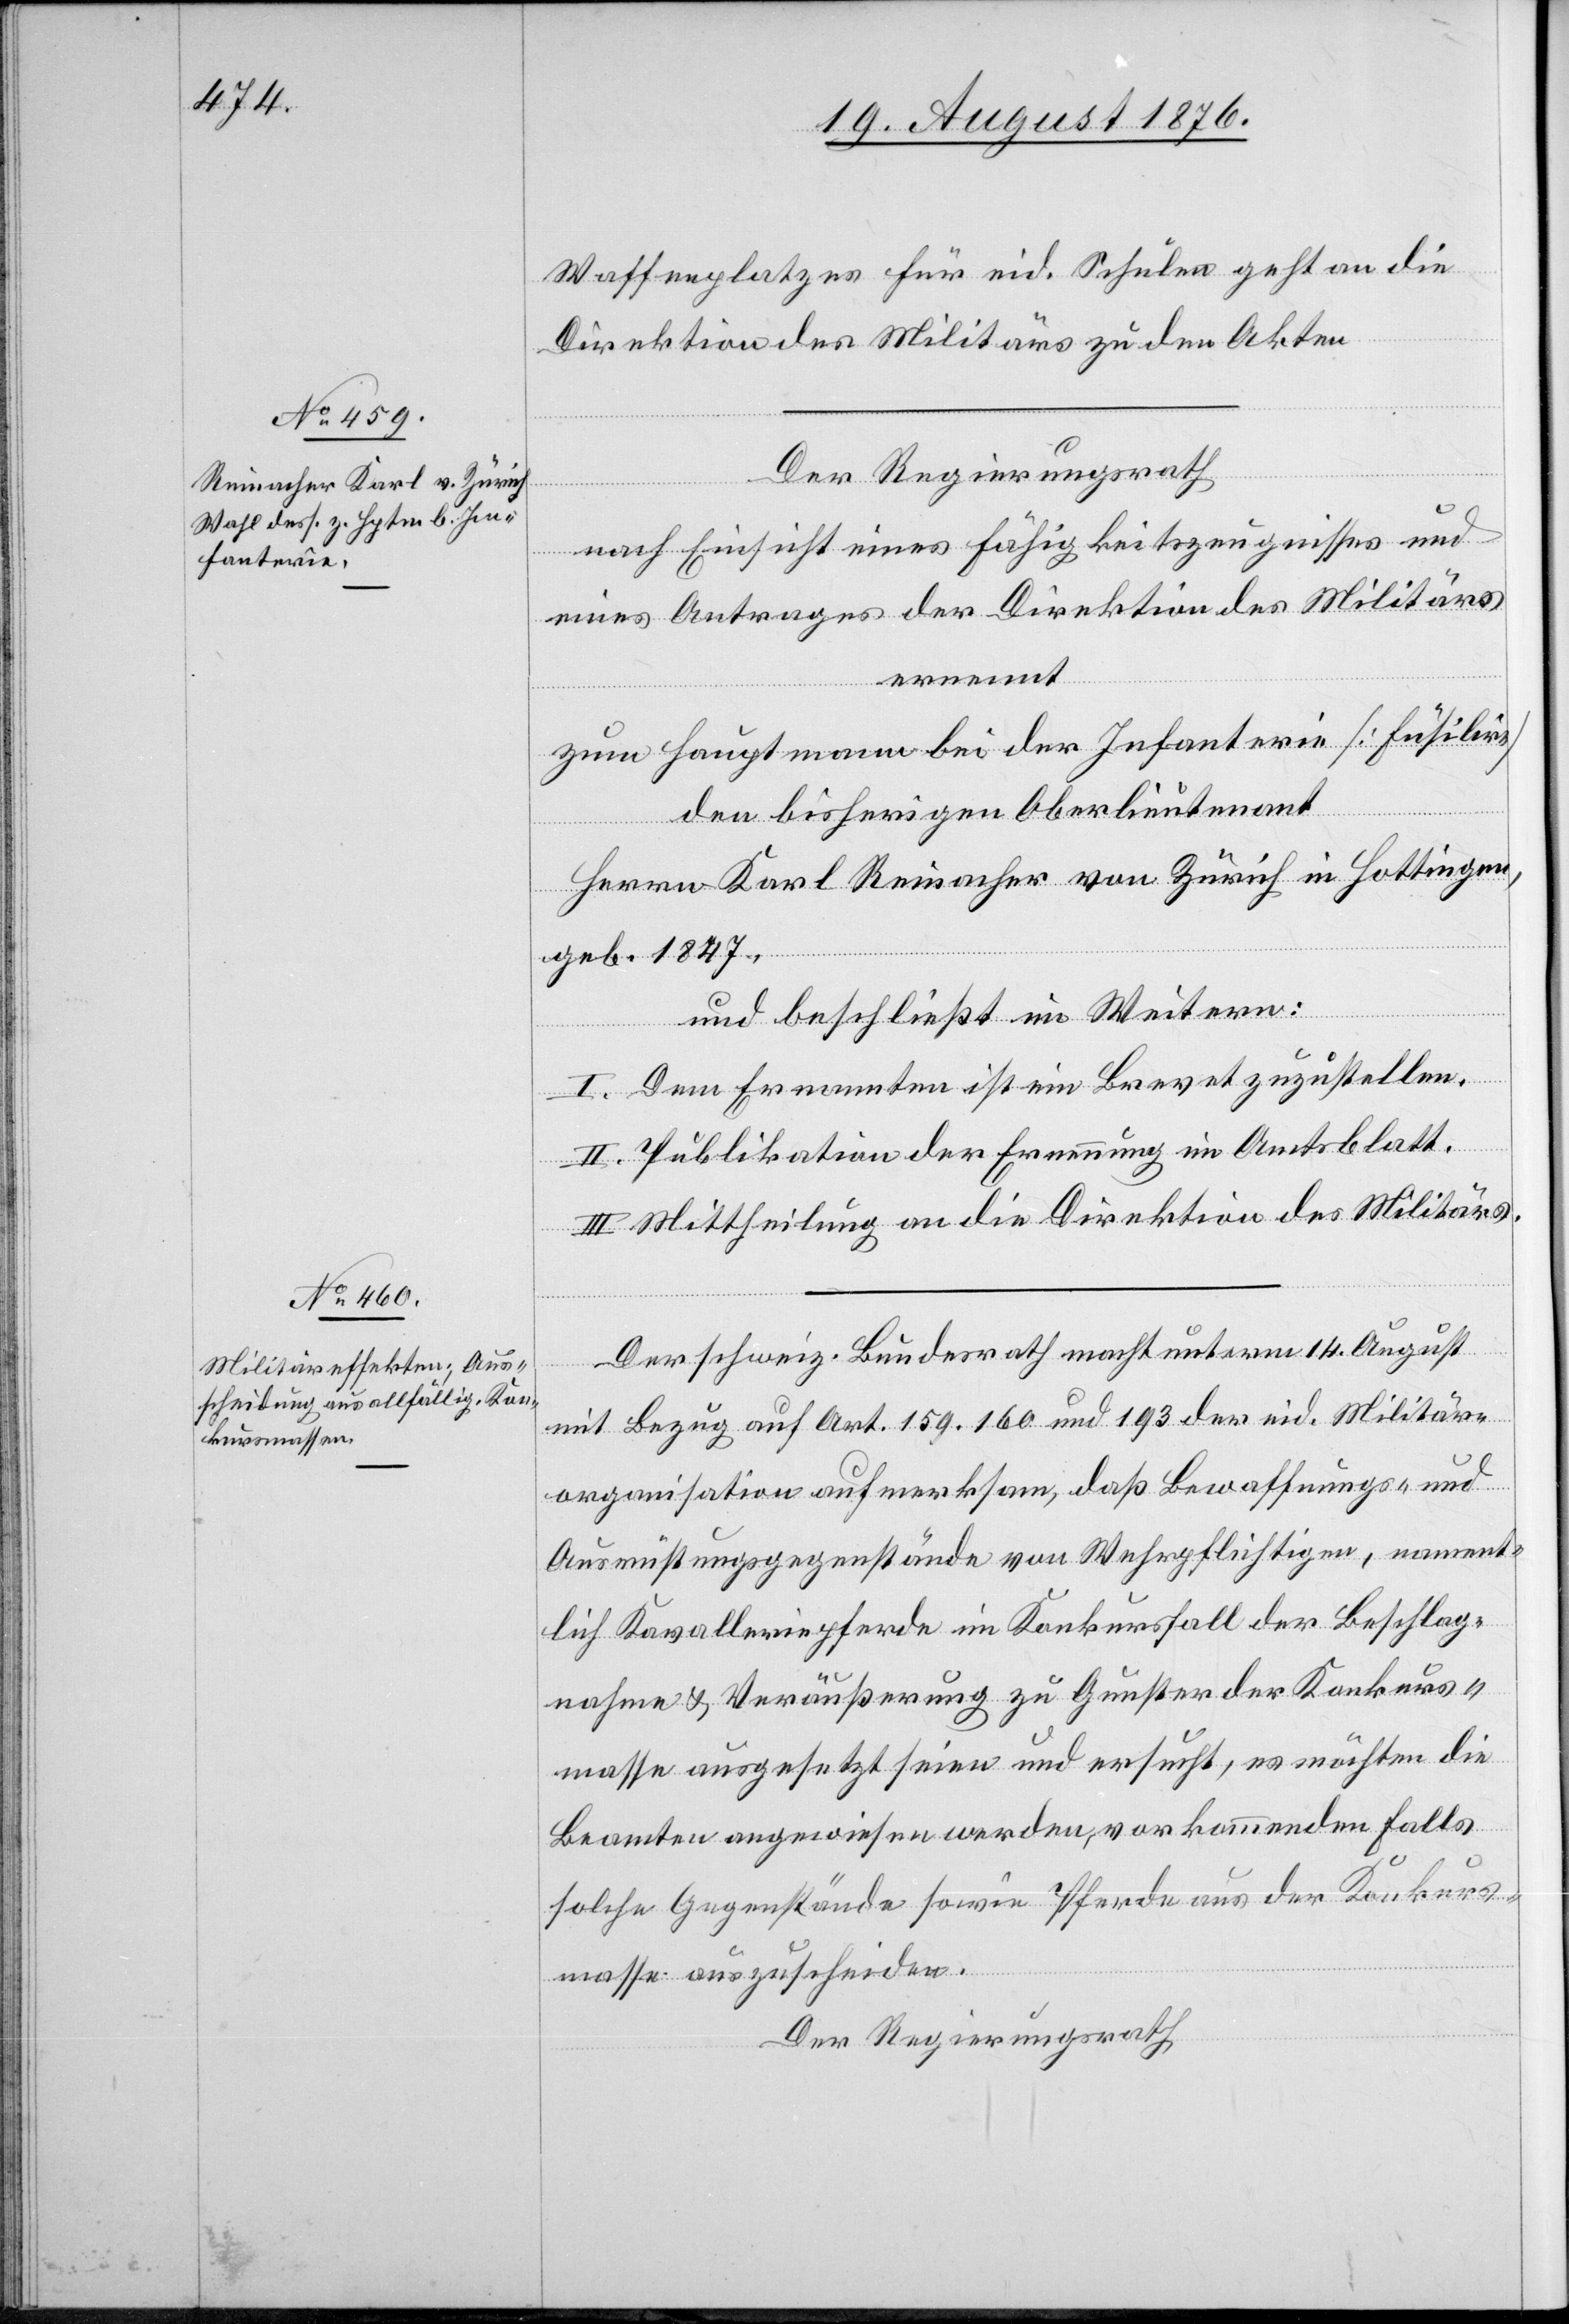
Waffenplatzes für eid. Schulen geht an die
Direktion des Militärs zu dem Akten.
Der Regierungsrath
nach Einsicht eines Fähigkeitszeugnisses und
eines Antrages der Direktion des Militärs
ernennt
zum Hauptmann bei der Infanterie [Füsilir]
den bisherigen Oberlieutenant
Herrn Karl Reinacher von Zürich in Hottingen,
geb. 1847.
und beschließt im Weitern:
I. Dem Ernannten ist ein Brevet zuzustellen.
II. Publikation der Ernennung im Amtsblatt.
III. Mittheilung an die Direktion des Militärs.
Der schweiz. Bundesrath macht unterm 14. August
mit Bezug auf Art. 159, 160 und 193 der eid. Militär¬
organisation aufmerksam, daß Bewaffnungs- und
Ausrüstungsgegenstände von Wehrpflichtigen, nament¬
lich Kavalleriepferde im Konkursfall der Beschlag¬
nahme & Veräußerung zu Gunsten der Konkurs¬
masse ausgesetzt seien und ersucht, es möchten die
Beamten angewiesen werden, vorkommendenfalls
solche Gegenstände sowie Pferde aus der Konkurs¬
masse auszuscheiden.
Der Regierungsrath